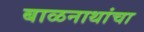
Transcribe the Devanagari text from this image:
बाळनाथांचा